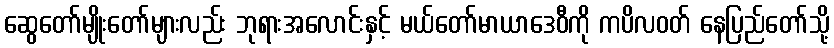
ဆွေတော်မျိုးတော်များလည်း ဘုရားအလောင်းနှင့် မယ်တော်မာယာဒေဝီကို ကပိလဝတ် နေပြည်တော်သို့